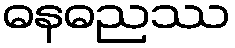
ဓနဓညဿ